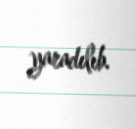
yaradılıb.